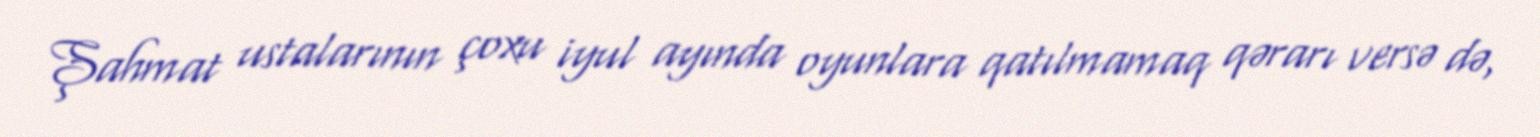
Şahmat ustalarının çoxu iyul ayında oyunlara qatılmamaq qərarı versə də,